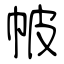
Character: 帔